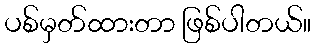
ပစ်မှတ်ထားတာ ဖြစ်ပါတယ်။